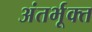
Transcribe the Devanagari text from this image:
अंतर्भूक्त